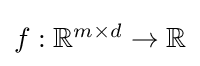
{\textstyle f:\mathbb {R} ^{m\times d}\rightarrow \mathbb {R} }